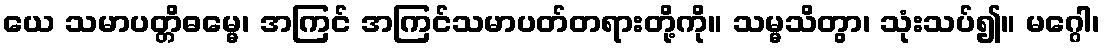
ယေ သမာပတ္တိဓမ္မေ၊ အကြင် အကြင်သမာပတ်တရားတို့ကို။ သမ္မသိတွာ၊ သုံးသပ်၍။ မဂ္ဂေါ၊